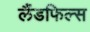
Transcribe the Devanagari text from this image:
लैंडफिल्स